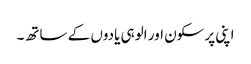
اپنی پرسکون اور الوہی یادوں کے ساتھ۔